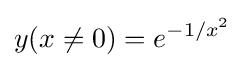
y(x\neq 0)=e^{-1/x^{2}}